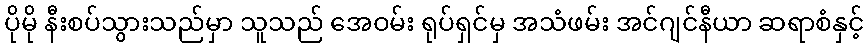
ပိုမို နီးစပ်သွားသည်မှာ သူသည် အေဝမ်း ရုပ်ရှင်မှ အသံဖမ်း အင်ဂျင်နီယာ ဆရာစံနှင့်